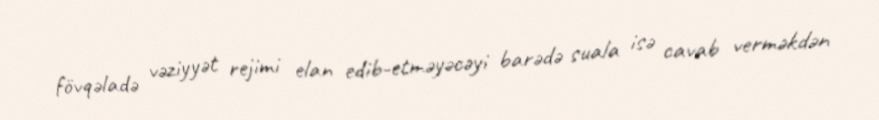
fövqəladə vəziyyət rejimi elan edib-etməyəcəyi barədə suala isə cavab verməkdən